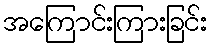
အကြောင်းကြားခြင်း